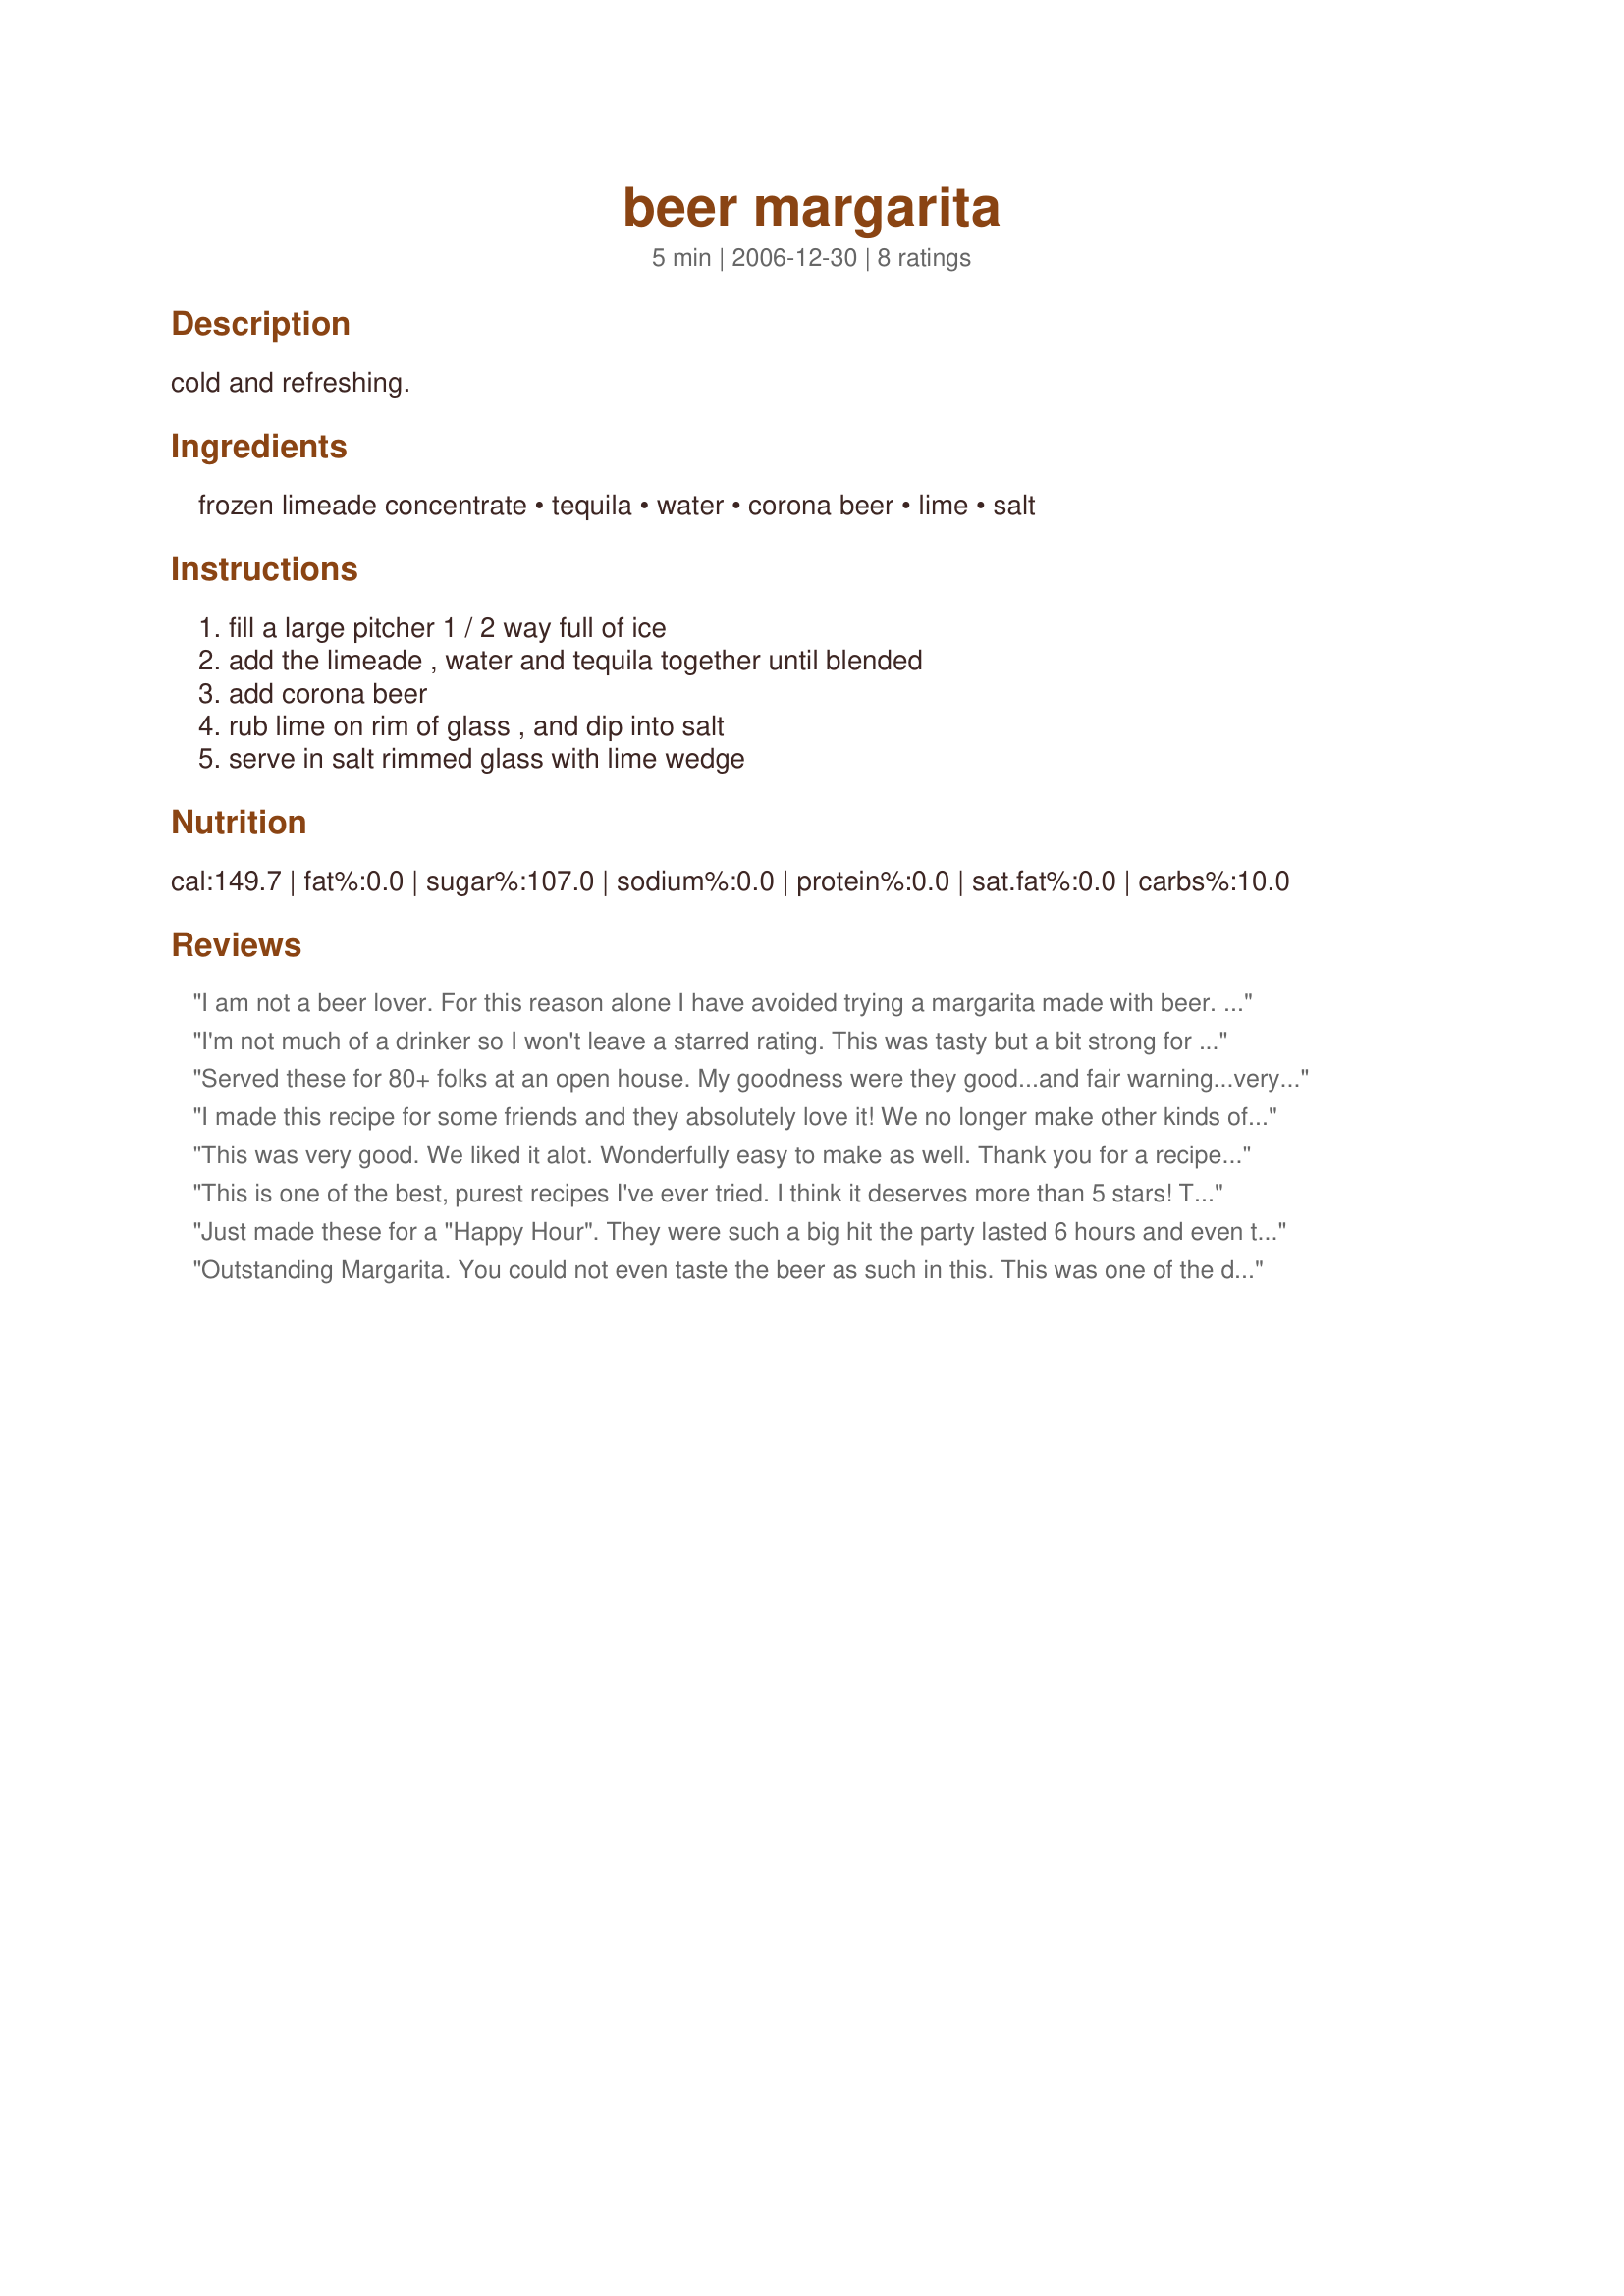
beer margarita
Preparation time: 5 minutes

cold and refreshing.

Ingredients:
frozen limeade concentrate, tequila, water, corona beer, lime, salt

Steps:
fill a large pitcher 1 / 2 way full of ice, add the limeade , water and tequila together until blended, add corona beer, rub lime on rim of glass , and dip into salt, serve in salt rimmed glass with lime wedge

Reviews:
I am not a beer lover. For this reason alone I have avoided trying a margarita made with beer. My husband had heard of beer margaritas and asked me to make one for him. I am so glad he did! I just loved this margarita! There is no taste of beer whatsoever in this drink and the flavor is sensational ~ now, this is coming from a true margarita-lover!! Thank you so much for helping me discover this super simple and delicious version of my favorite drink!
I'm not much of a drinker so I won't leave a starred rating. This was tasty but a bit strong for me. I thought the flavor of beer might be more prominent, but it was not. Very refreshing for a hot summer day.
Served these for 80+ folks at an open house. My goodness were they good...and fair warning...very potent. I did not use Corona and instead used regular Budweiser to save $$. Couldn't tell and no one had a clue this 'ritas' had cerveza in them!!
I made this recipe for some friends and they absolutely love it! We no longer make other kinds of margaritas...only this one.
This was very good. We liked it alot. Wonderfully easy to make as well. Thank you for a recipe that we will use again and again. This one is going in my permanent book! :)
This is one of the best, purest recipes I've ever tried. I think it deserves more than 5 stars! This is mine and husband's exact words, "These are the BOMB!" We've had these the last 2 times mother-in-law was over for dinner and hanging out and she really, really likes them! Here's our recipe (just doubled):

We have 12 oz. frozen limeade where we live, so it's 12 ozs. of limeade and of tequila and water and then we use 2 bottles (12 ozs. each) of Corona Lite. We also put tons of crushed ice in the GLASS pitcher. We also have margarita salt and rub the lime along the rim of the margarita glass (as in the recipe) and dip in the margarita salt then put a slice of lime on the rim of the glass and serve. This is about my favorite mixed drink! I can't wait until we have a party and serve this! Thanks!
Just made these for a "Happy Hour". They were such a big hit the party lasted 6 hours and even the guys were asking for the recipe! Easy to make and very popular. (The only downside is I wish I'd bought more tequila to make several more batches!)
Outstanding Margarita. You could not even taste the beer as such in this. This was one of the drinks I had for company tonight. It was renamed a Country Boy's Margarita LOL. Really good. Thanks
